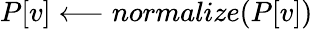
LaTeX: P[v]\longleftarrow normalize(P[v])